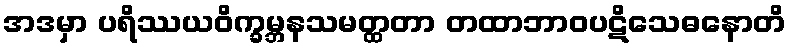
အဒမှာ ပရိဿယဝိက္ခမ္ဘနသမတ္ထတာ တထာဘာဝပဋိသေဓနောတိ